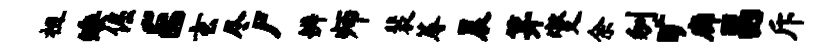
祖矮倔E玄尽尸辨师裴蓐晨笄燮余刎旷廊鬲斥